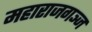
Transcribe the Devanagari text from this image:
महाराजगञ्ज